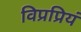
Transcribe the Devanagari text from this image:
विप्रप्रियं